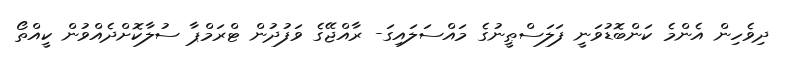
ދިވެހިން އެންމެ ކަންބޮޑުވަނީ ފަލަސްޠީނުގެ މައްސަލައިގަ- ރާއްޖޭގެ ވަފުދުން ޓްރަމްޕާ ސުލާކޮށްދެއްވުން ކީއްތޯ